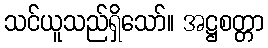
သင်ယူသည်ရှိသော်။ အဋ္ဌစတ္တာ